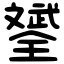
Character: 𣁦